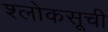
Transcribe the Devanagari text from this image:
श्लोकसूची